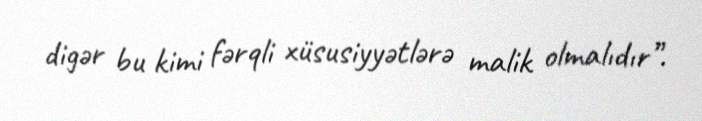
digər bu kimi fərqli xüsusiyyətlərə malik olmalıdır”.